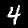
Label: 4